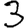
Digit: 3